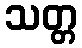
သတ္တ